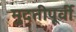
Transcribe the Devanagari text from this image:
मुदतीपूर्वी